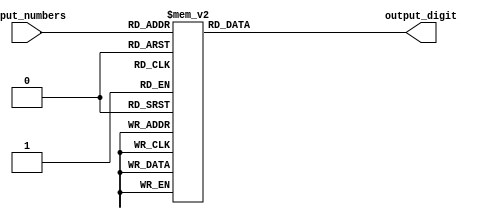
module priority_encoder (
    input [3:0] input_numbers,
    output reg [2:0] output_digit
);

always @(*)
begin
    case(input_numbers)
        4'b0001 : output_digit = 3'b000; // 1
        4'b0010 : output_digit = 3'b001; // 2
        4'b0011 : output_digit = 3'b010; // 3
        4'b0100 : output_digit = 3'b011; // 4
        4'b0101 : output_digit = 3'b100; // 5
        4'b0110 : output_digit = 3'b101; // 6
        4'b0111 : output_digit = 3'b110; // 7
        4'b1000 : output_digit = 3'b111; // 8
        4'b1001 : output_digit = 3'b111; // 9
        default : output_digit = 3'b000; // Default to 0 if no input numbers present
    endcase
end

endmodule